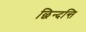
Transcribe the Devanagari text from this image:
छिन्दन्ति